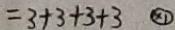
= 3 + 3 + 3 + 3 \textcircled { \times 1 }